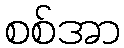
စစ်အာ